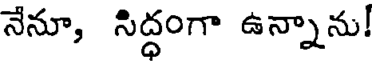
నేనూ, సిద్ధంగా ఉన్నాను!